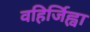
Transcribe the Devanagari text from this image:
वहिर्जिह्वा